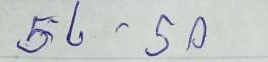
56 - 50